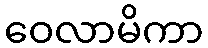
ဝေလာမိကာ